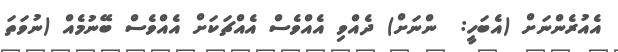
އެއުރެންނަށް (އެބަހީ:  ންނަށް) ދެއްވި އެއްވެސް އެއްޗަކަށް އެއްވެސް ބޭނުމެއް (ނުވަތަ